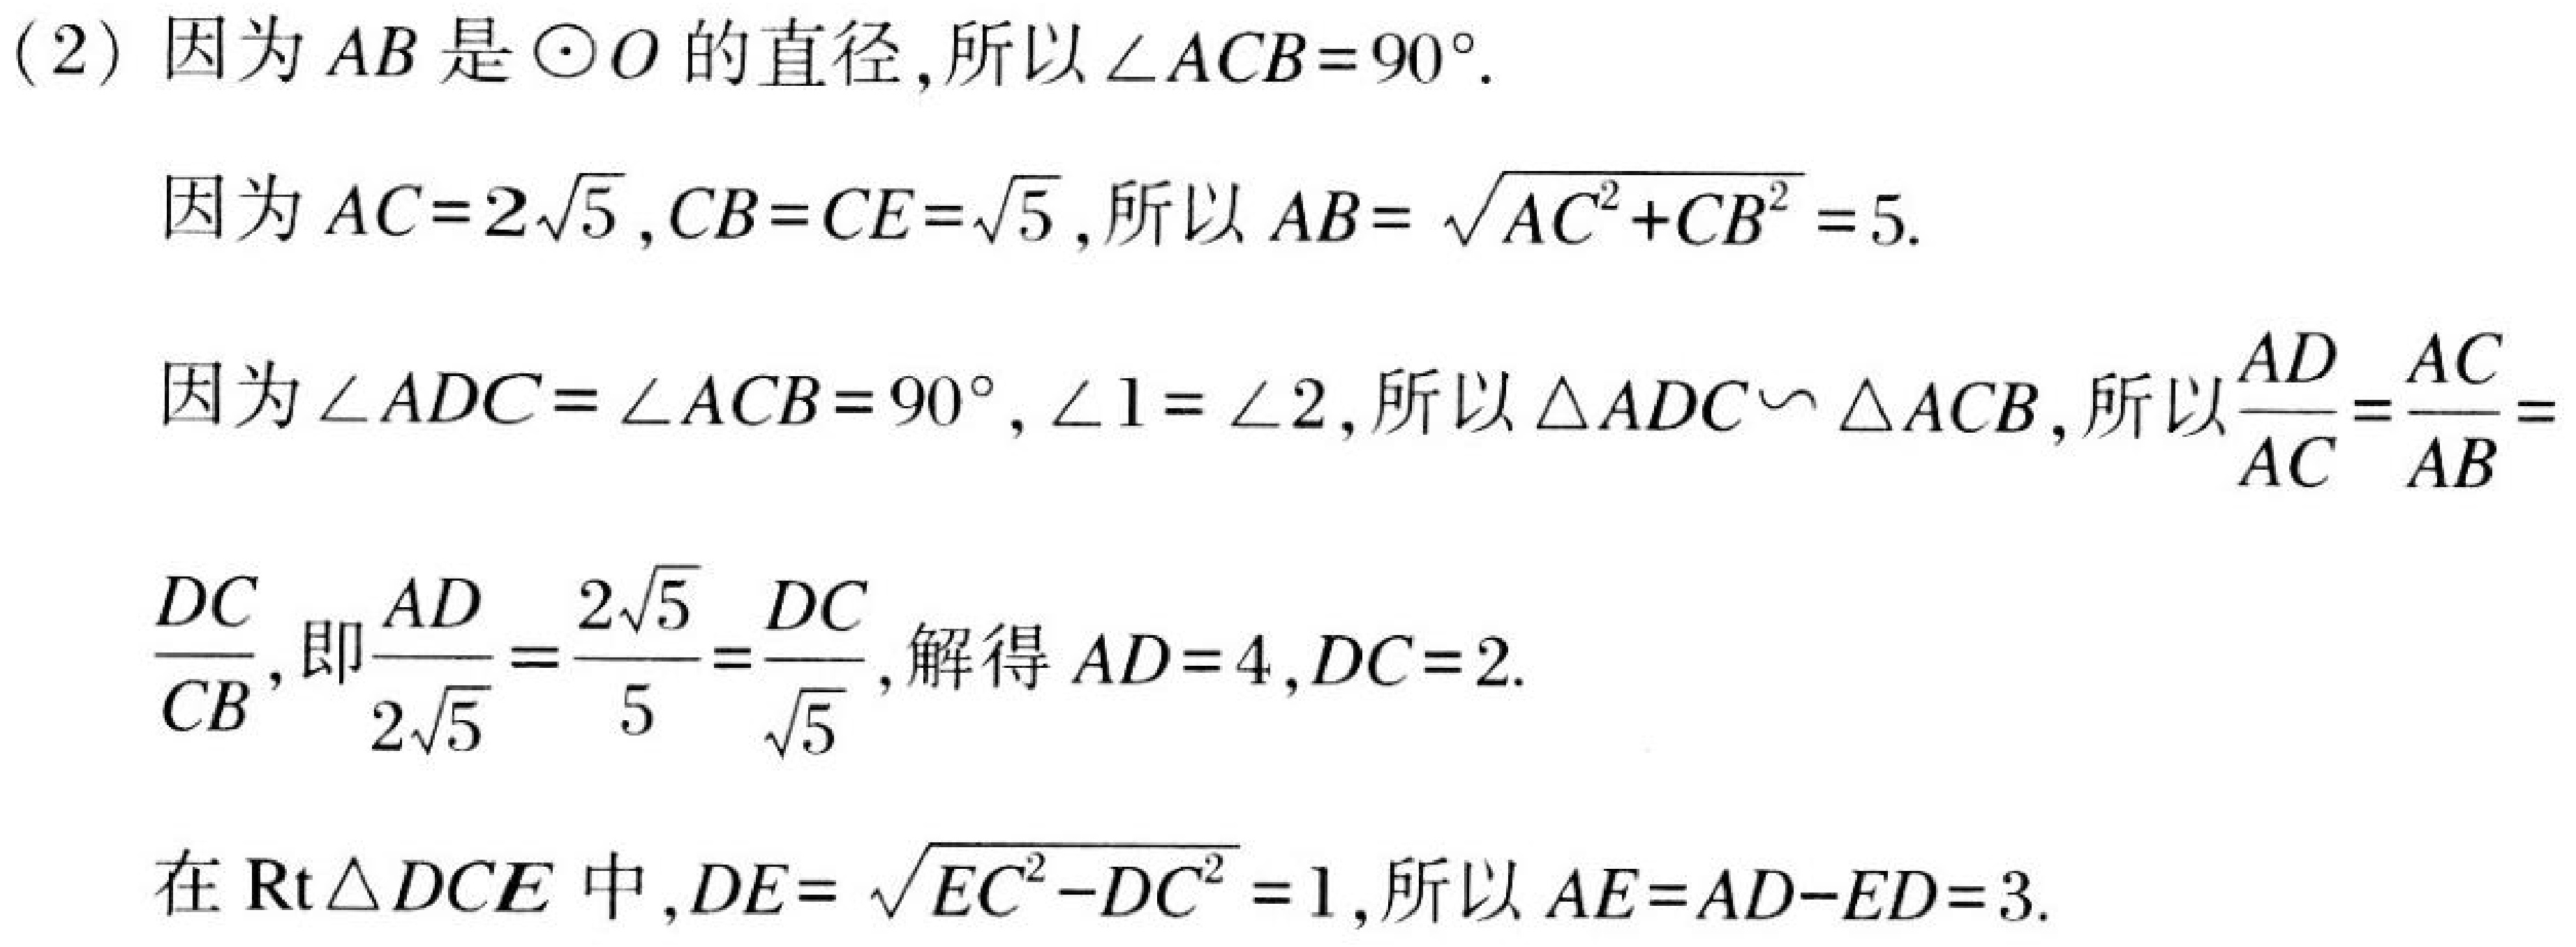
(2) 因为 \(AB\) 是 \(\odot O\) 的直径,所以 \(\angle ACB = 90^{\circ}\).

因为 \(AC = 2\sqrt{5},CB = CE=\sqrt{5}\),所以 \(AB=\sqrt{AC^{2}+CB^{2}} = 5\).

因为 \(\angle ADC=\angle ACB = 90^{\circ},\angle1=\angle2\),所以 \(\triangle ADC\sim\triangle ACB\),所以 \(\frac{AD}{AC}=\frac{AC}{AB}=\)

\(\frac{DC}{CB}\),即\(\frac{AD}{2\sqrt{5}}=\frac{2\sqrt{5}}{5}=\frac{DC}{\sqrt{5}}\),解得 \(AD = 4,DC = 2\).

在 \(\mathrm{Rt}\triangle DCE\) 中,\(DE=\sqrt{EC^{2}-DC^{2}} = 1\),所以 \(AE=AD - ED = 3\).